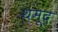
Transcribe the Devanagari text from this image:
थमूद